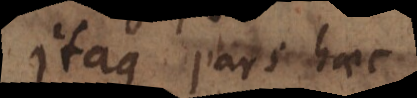
Itaque pars haec